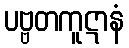
ပဗ္ဗတကူဋာနံ